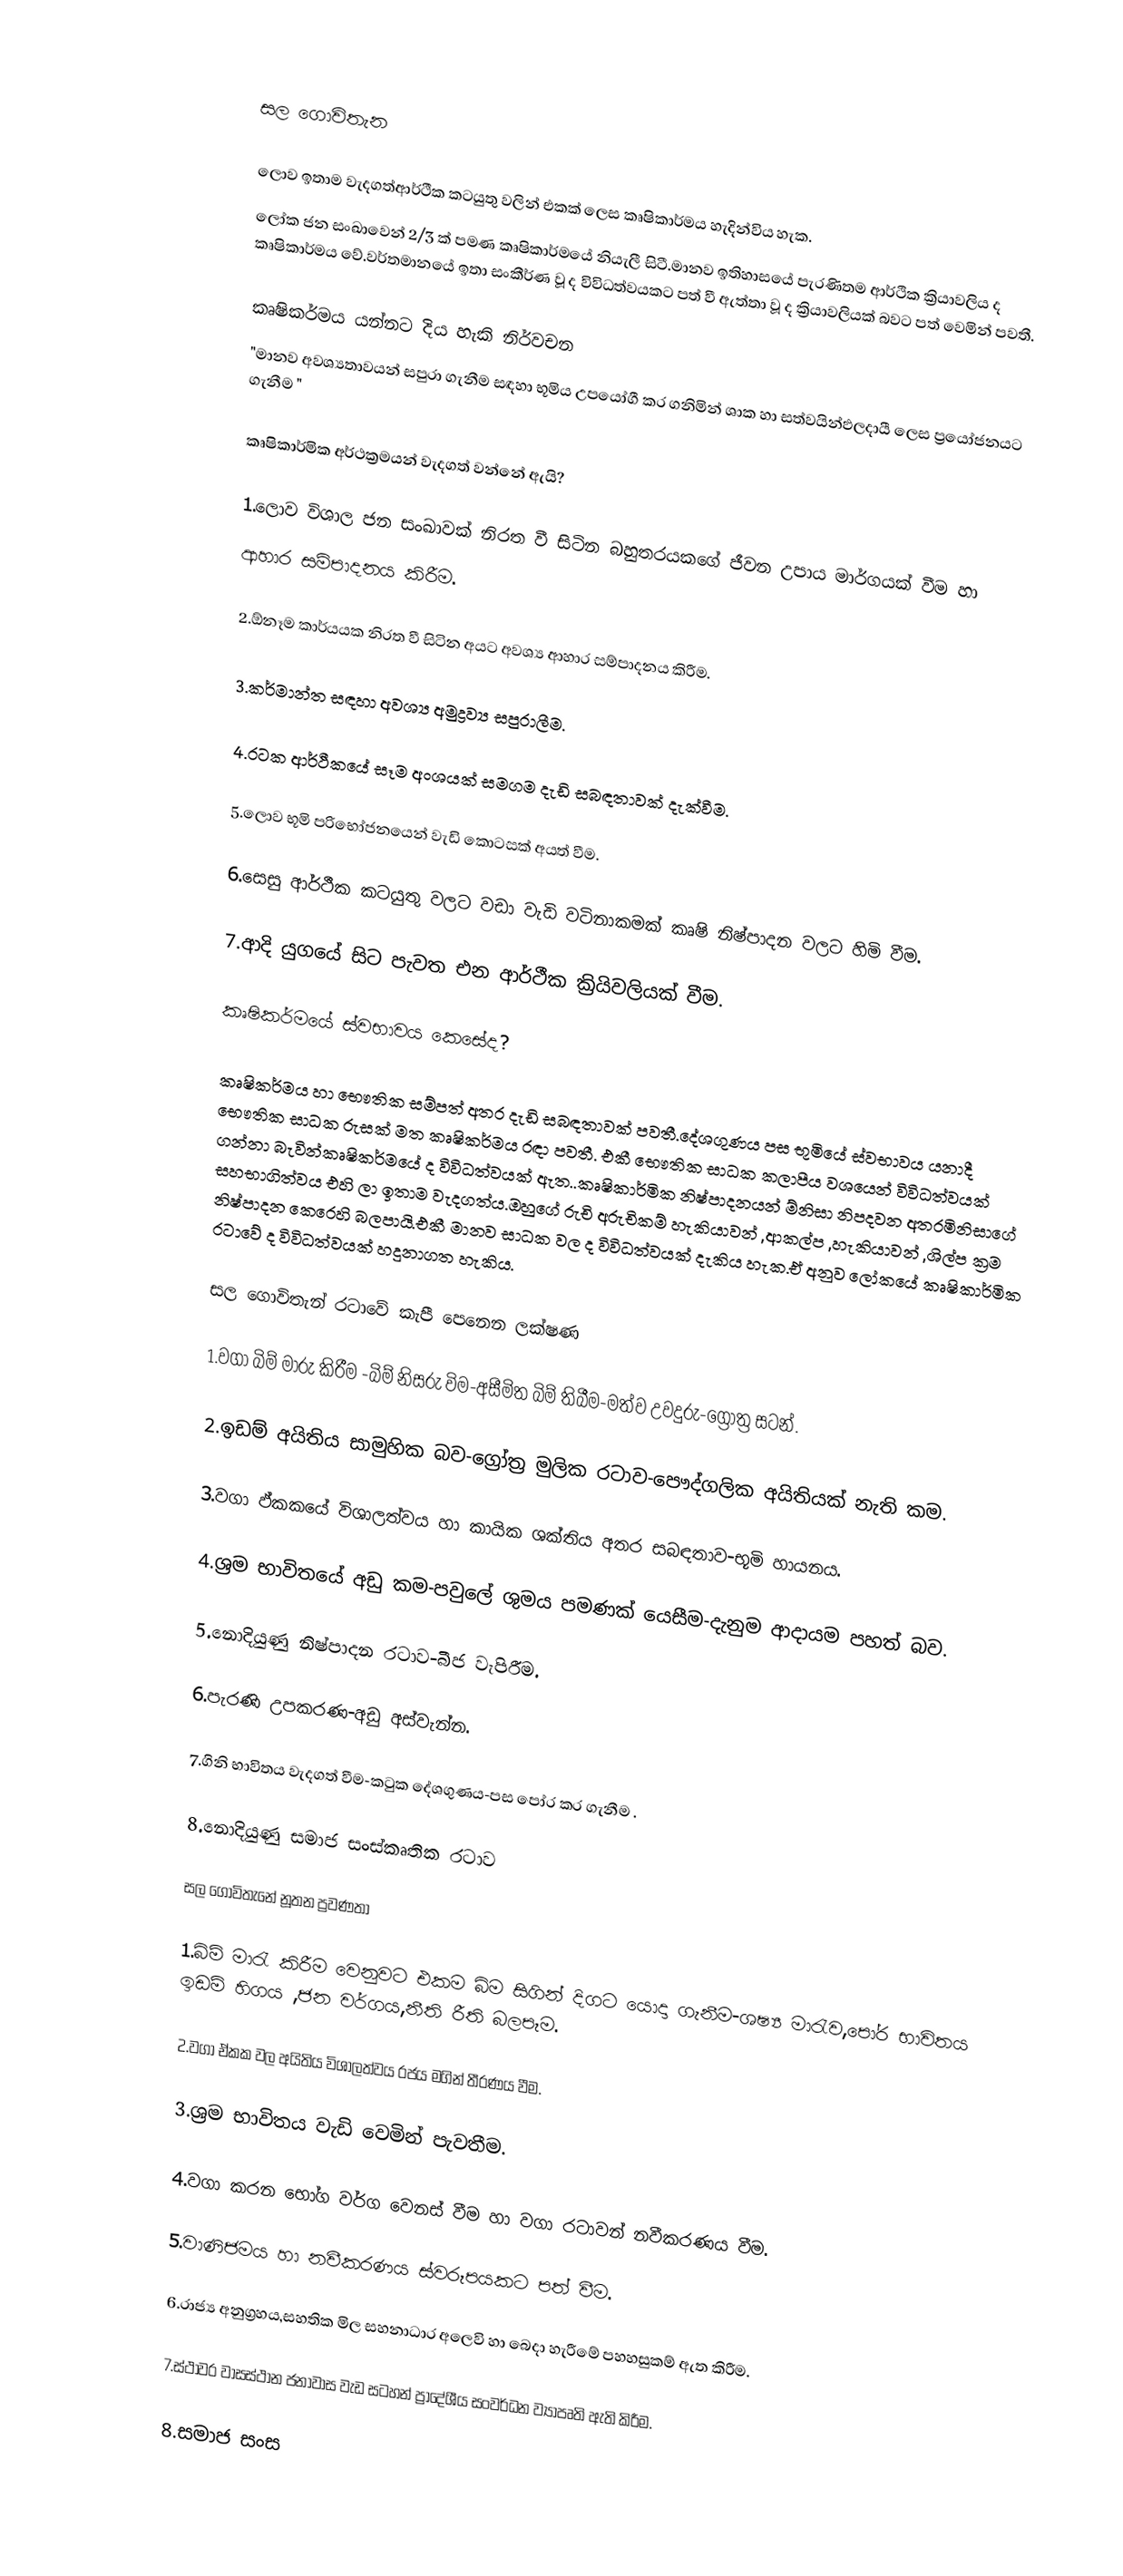

සල  ගොවිතැන

ලොව ඉතාම වැදගත්ආර්ථීක කටයුතු වලින් එකක් ලෙස කෘෂිකාර්මය හැදින්විය හැක.
ලෝක ජන සංඛාවෙන් 2/3 ක් පමණ කෘෂිකාර්මයේ නියැලී සිටී.මානව ඉතිහාස‍යේ පැරණිතම ආර්ථික ක්‍රියාවලිය ද කෘෂිකාර්මය වේ.වර්තමානයේ ඉතා සංකීර්ණ වූ ද විවිධත්වයකට පත් වී ඇත්තා වූ ද  ක්‍රියාවලියක් බවට පත් වෙමින් පවතී.

කෘෂිකර්මය යන්නට දිය හැකි නිර්වචන
"මානව අවශ්‍යතාවයන් සපුරා ගැනීම සඳහා භූමිය උපයෝගී කර ගනිමින් ශාක හා සත්වයින්ඵලදායී ලෙස ප්‍රයෝජනයට ගැනීම "

කෘෂිකාර්මික අර්ථක්‍රමයන් වැදගත් වන්නේ ඇයි?

1.ලොව විශාල ජන සංඛාවක් නිරත වී සිටින බහුතරයක‍ගේ ජීවන උපාය මාර්ගයක් වීම හා
ආහාර සම්පාදනය කිරීම.

2.ඕනෑම කාර්යයක නිරත වී සිටින අයට අවශ්‍ය ආහාර සම්පාදනය කිරීම.

3.කර්මාන්ත සඳහා අවශ්‍ය අමුද්‍රව්‍ය සපුරාලීම.

4.රටක ආර්ථීකයේ සෑම අංශයක් සමගම දැඩි සබඳතාවක් දැක්වීම.

5.ලොව භූමි පරි‍භෝජනයෙන් වැඩි කොටසක් අයත් වීම.

6.සෙසු ආර්ථීක කටයුතු වලට වඩා වැඩි වටිනාකමක් කෘෂි නිෂ්පාදන වලට හිමි වීම.

7.ආදි යුගයේ සිට පැවත එන ආර්ථීක ක්‍රියිවලියක් වීම.

කෘෂිකර්මයේ ස්වභාවය කෙසේද?

කෘෂිකර්මය හා භෞතික සම්පත් අතර දැඩි සබඳතාවක් පවතී.දේශගුණය පස භූමියේ ස්වභාවය යනාදී ‍‍භෞතික සාධක රුසක් මත කෘෂිකර්මය රඳා පවතී. එකී ‍‍භෞතික සාධක කලාපීය වශයෙන් විවිධත්වයක් ගන්නා බැවින්කෘෂිකර්මයේ ද විවිධත්වයක් ඇත..කෘෂිකාර්මික නිෂ්පාදනයන් ම්නිසා නිපදවන අතරමිනිසාගේ සහභාගිත්වය එහි ලා ඉතාම වැදගත්ය.ඔහුගේ රුචි අරුචිකම් හැකියාවන් ,ආකල්ප ,හැකියාවන් ,ශිල්ප ක්‍රම නිෂ්පාදන ‍කෙරෙහි බලපායි.එකී මානව සාධක වල ද විවිධත්වයක් දැකිය හැක.ඒ අනුව ලෝකයේ කෘෂිකාර්මික රටාවේ ද  විවිධත්වයක් හදුනාගත හැකිය.

සල ගොවිතැන් රටාවේ කැපී පෙනෙන  ලක්ෂණ

1.වගා බිම් මාරු කිරීම -බිම් නිසරු විම-අසීමිත බිම් තිබීම-මත්ව  උවදුරු-ග්‍රෝත්‍ර ස‍ටන්.

2.ඉඩම් අයිතිය සාමුහික බව-ග්‍රෝත්‍ර මුලික රටාව-‍‍පෞද්ගලික අයිතියක් නැති කම.

3.වගා ඵ්කකයේ විශාලත්වය හා කායික ශක්තිය අතර සබඳතාව-භූමි හායනය.

4.ශ්‍රම භාවිතයේ අඩු කම-පවුලේ ශුමය පමණක් යෙසීම-දැනුම ආදායම පහත් බව.

5.නොදියුණු නිෂ්පාදන රටාව-බීජ වැපිරීම.

6.පැරණි උපකරණ-අඩු අස්වැන්න.

7.ගිනි භාවිතය වැදගත් වීම-කටුක දේශගුණය-පස පෝර කර ගැනීම .

8.නොදියුණු සමාජ සංස්කෘතික රටාව

සල ගොවිතැනේ නූතන ප්‍රවණතා

1.බිම් මාරැ කිරීම වෙනුවට එකම බිම සිගින් දිගට යොදා ගැනීම-ශෂ්‍ය මාරැව,‍පෝර භාවිතය  ඉඩම් හිගය ,ජන වර්ගය,නීති රීති බලපෑම.

2.වගා ඒකක වල අයිතිය විශාලත්වය රජය මගින් තීරණය වීම.

3.ශ්‍රම භාවිතය වැඩි වෙමින් පැවතීම.

4.වගා කරන භෝග වර්ග වෙනස් වීම හා  වගා රටාවන් නවීකරණය  වීම.

5.වාණිජමය හා   නවීකරණය ස්වරූපයකට පත් වීම.

6.රාජ්‍ය අනුග්‍රහය,සහතික මිල සහනාධාර අලෙවි හා බෙදා හැරී‍මේ පහහසුකම් ඇත කිරීම.

7.ස්ථාවර වාසස්ථාන ජනාවාස වැඩ සටහන් ප්‍රාදේශීය සංවර්ධන ව්‍යාපෘති ඇති කිරීම.

8.සමාජ සංස